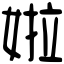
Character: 𡝰